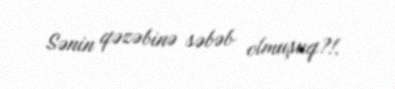
Sənin qəzəbinə səbəb olmuşuq?!.